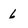
Character: 6